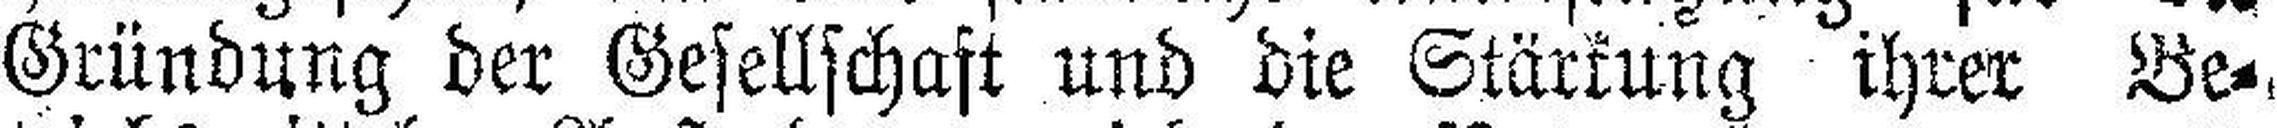
Gründung der Gesellschaft und die Stärkung ihrer Be¬